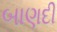
બાણદી